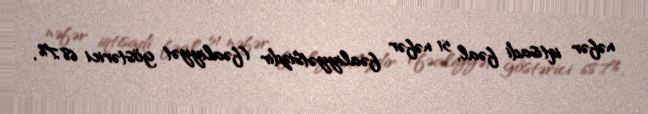
nəfər iqtisadi fəal, 51 nəfər fəaliyyətsizdir (fəaliyyət göstərici 68,7%,